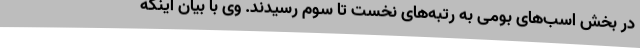
در بخش اسب‌های بومی به رتبه‌های نخست تا سوم رسیدند. وی با بیان اینکه